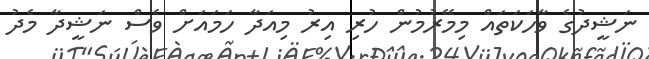
ނަޝީދުގެ ވާހަކަތައް މިމޭރުމުން ހުރި އިރު މިއަދާ ހަމައަށް ވެސް ނަޝީދާ މެދު